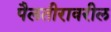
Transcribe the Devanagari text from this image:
पैलतीरावरील